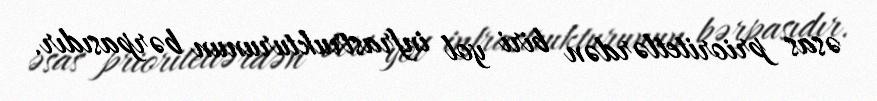
əsas prioritetlərdən biri yol infrastrukturunun bərpasıdır.